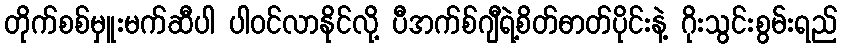
တိုက်စစ်မှူးမက်ဆီပါ ပါဝင်လာနိုင်လို့ ပီအက်စ်ဂျီရဲ့စိတ်ဓာတ်ပိုင်းနဲ့ ဂိုးသွင်းစွမ်းရည်